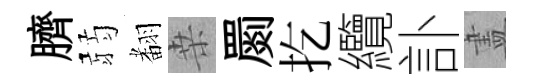
臍弱𮋒桒罽扢纜訃𥁞